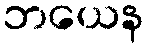
ဘယေန